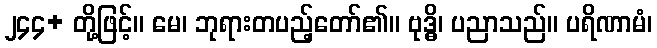
၂၄၄+ တို့ဖြင့်။ မေ၊ ဘုရားတပည့်တော်၏။ ဗုဒ္ဓိ၊ ပညာသည်။ ပရိဏာမံ၊